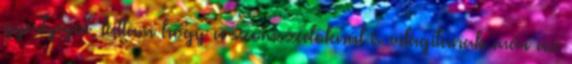
gyertyáját, láttam hogy a szomszédoknál is világítanak már az